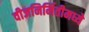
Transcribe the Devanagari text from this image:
वीजनिर्मितीमध्ये